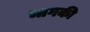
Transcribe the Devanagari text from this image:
भागकी